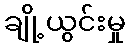
ချို့ယွင်းမှု